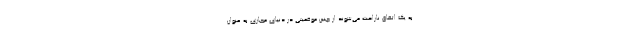
به یک اتفاق ناراحت می‌شوند از چنین موقعیتی در دنیای مجازی به عنوان